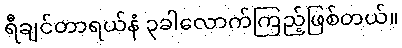
ရီချင်တာရယ်နဲံ ၃ခါလောက်ကြည့်ဖြစ်တယ်။